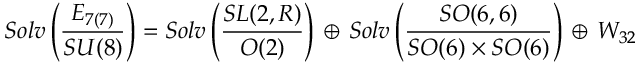
S o l v \left( \frac { E _ { 7 ( 7 ) } } { S U ( 8 ) } \right) = S o l v \left( \frac { S L ( 2 , R ) } { O ( 2 ) } \right) \, \oplus \, S o l v \left( \frac { S O ( 6 , 6 ) } { S O ( 6 ) \times S O ( 6 ) } \right) \, \oplus \, { \cal W } _ { 3 2 }